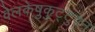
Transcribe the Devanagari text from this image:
वेलकेष़ुकुट्टुवन